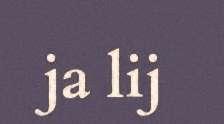
ja lij